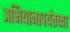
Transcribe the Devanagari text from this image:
अभियानापर्यंतच्या